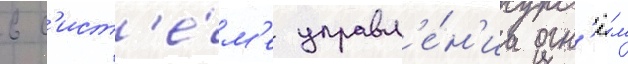
в с'ист'е́м'е управл'е́н'иа огн'ё́м